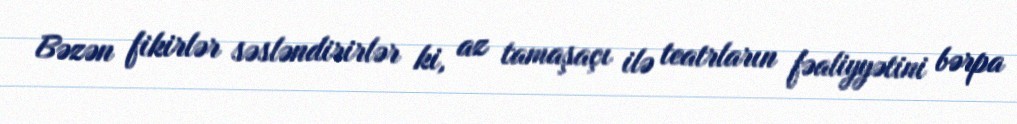
Bəzən fikirlər səsləndirirlər ki, az tamaşaçı ilə teatrların fəaliyyətini bərpa